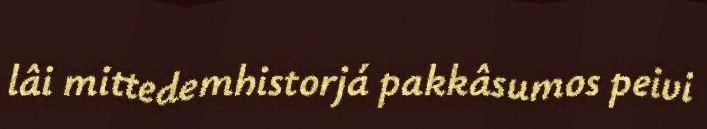
lâi mittedemhistorjá pakkâsumos peivi